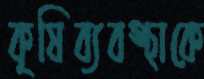
কৃষিব্যবস্থাকে